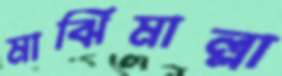
মাঝিমাল্লা